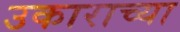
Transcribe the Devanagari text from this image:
उकाराच्या